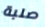
صلبة